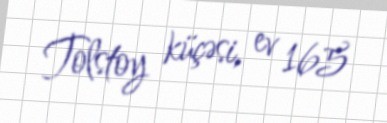
Tolstoy küçəsi, ev 165